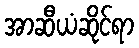
အာဆီယံဆိုင်ရာ